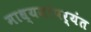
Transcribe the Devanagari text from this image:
माध्यमांपर्यंत